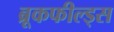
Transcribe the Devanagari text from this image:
ब्रूकफील्ड्स